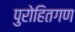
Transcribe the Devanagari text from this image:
पुरोहितगण